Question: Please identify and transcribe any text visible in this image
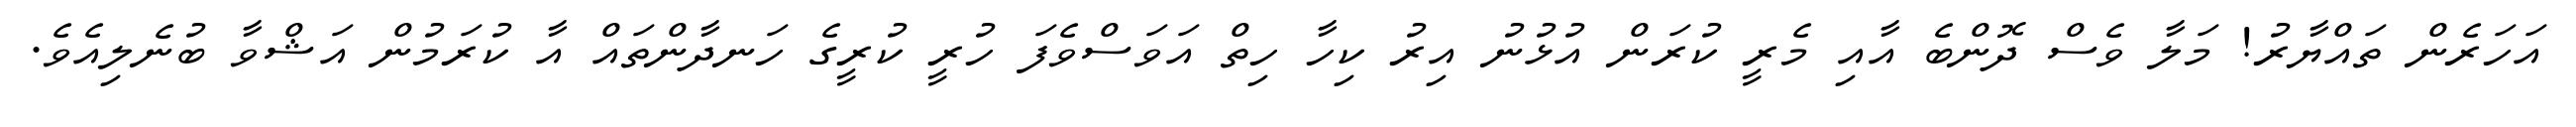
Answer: އަހަރެން ތައްޔާރު! މަލާ ވެސް ދޮންބެ އާއި މެރީ ކުރަން އުޅުނު އިރު ކިހާ ހިތް އަވަސްވެފަ ހުރީ ކުރީގެ ހަނދާންތައް އާ ކުރަމުން އަޝްވާ ބުނެލިއެވެ.